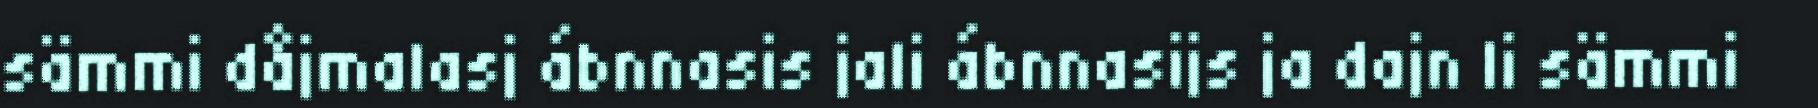
sämmi dåjmalasj ábnnasis jali ábnnasijs ja dajn li sämmi